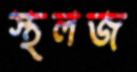
স্থলজ